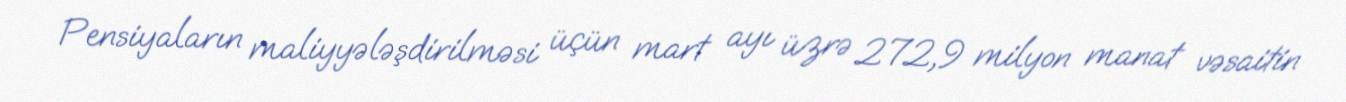
Pensiyaların maliyyələşdirilməsi üçün mart ayı üzrə 272,9 milyon manat vəsaitin